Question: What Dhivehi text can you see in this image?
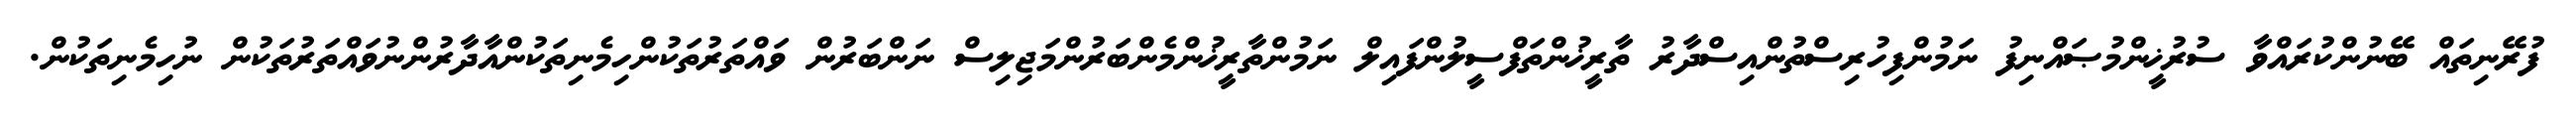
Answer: ފުރޭނިތައް ބޭނުންކުރައްވާ ސުރުޚީންމުޞައްނިފު ނަމުންފިހުރިސްތުންއިސްދާރު ތާރީޚުންތަފްސީލުންފައިލް ނަމުންތާރީޚުންމެންބަރުންމަޖިލިސް ނަންބަރުން ވައްތަރުތަކުންހިމެނިތަކުންއާދާރުންނުވައްތަރުތަކުން ނުހިމެނިތަކުން.